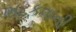
ભટકવાની